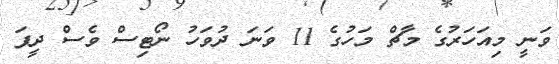
ވަނީ މިއަހަރުގެ މާޗް މަހުގެ 11 ވަނަ ދުވަހު ނޯޓިސް ވެސް ދީފަ